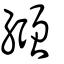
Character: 繦